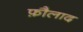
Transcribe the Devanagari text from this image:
फ़ौलाद